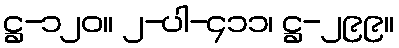
ဋ္ဌ-၁၂၀။ ၂-ပါ-၄၁၁၊ ဋ္ဌ-၂၉၉။